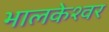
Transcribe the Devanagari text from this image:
भालकेश्वर